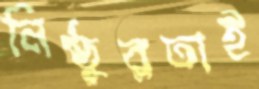
নিষ্ঠুরতাই